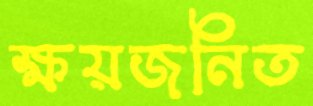
ক্ষয়জনিত